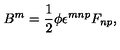
B ^ { m } = \frac 1 2 \phi \epsilon ^ { m n p } F _ { n p } ,